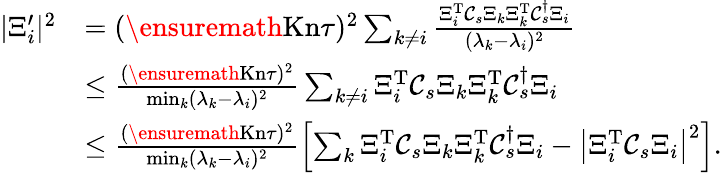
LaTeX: \begin{array}{rl}{\vert\Xi_{i}^{\prime}\vert^{2}}&{=(\ensuremath{\mathrm{Kn}}\tau)^{2}\sum_{k\neq i}\frac{\Xi_{i}^{\mathrm{T}}\mathcal C_{s}\Xi_{k}\Xi_{k}^{\mathrm{T}}\mathcal C_{s}^{\dagger}\Xi_{i}}{(\lambda_{k}-\lambda_{i})^{2}}}\\ &{\leq\frac{(\ensuremath{\mathrm{Kn}}\tau)^{2}}{\operatorname*{min}_{k}(\lambda_{k}-\lambda_{i})^{2}}\sum_{k\neq i}\Xi_{i}^{\mathrm{T}}\mathcal C_{s}\Xi_{k}\Xi_{k}^{\mathrm{T}}\mathcal C_{s}^{\dagger}\Xi_{i}}\\ &{\leq\frac{(\ensuremath{\mathrm{Kn}}\tau)^{2}}{\operatorname*{min}_{k}(\lambda_{k}-\lambda_{i})^{2}}\left[\sum_{k}\Xi_{i}^{\mathrm{T}}\mathcal C_{s}\Xi_{k}\Xi_{k}^{\mathrm{T}}\mathcal C_{s}^{\dagger}\Xi_{i}-\left\vert\Xi_{i}^{\mathrm{T}}\mathcal C_{s}\Xi_{i}\right\vert^{2}\right].}\end{array}